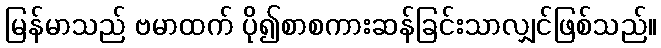
မြန်မာသည် ဗမာထက် ပို၍စာစကားဆန်ခြင်းသာလျှင်ဖြစ်သည်။